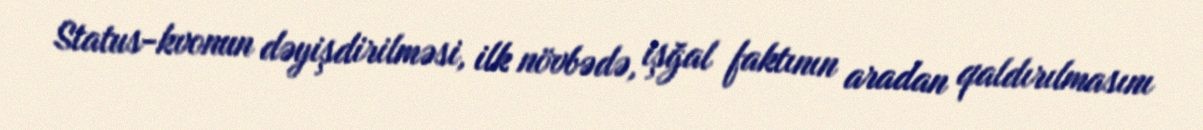
Status-kvonun dəyişdirilməsi, ilk növbədə, işğal faktının aradan qaldırılmasını